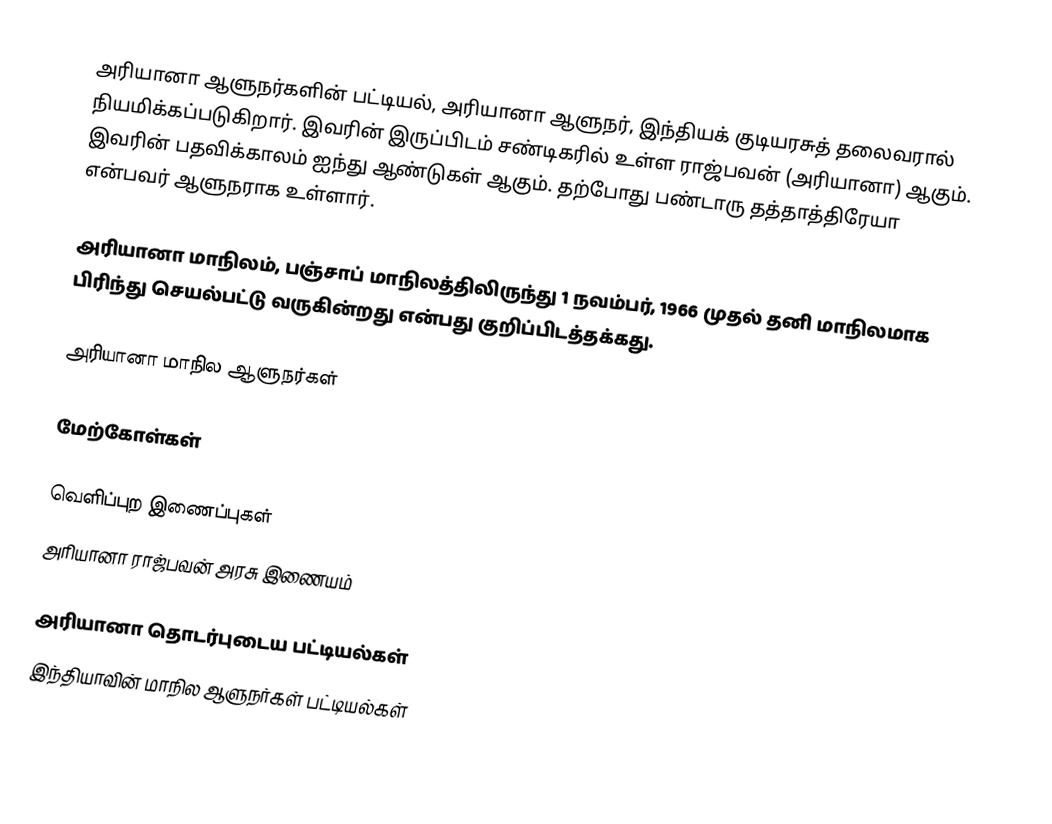
அரியானா ஆளுநர்களின் பட்டியல், அரியானா ஆளுநர், இந்தியக் குடியரசுத் தலைவரால் நியமிக்கப்படுகிறார். இவரின் இருப்பிடம் சண்டிகரில் உள்ள ராஜ்பவன் (அரியானா) ஆகும். இவரின் பதவிக்காலம் ஐந்து ஆண்டுகள் ஆகும். தற்போது பண்டாரு தத்தாத்திரேயா என்பவர் ஆளுநராக உள்ளார்.

அரியானா மாநிலம், பஞ்சாப் மாநிலத்திலிருந்து 1 நவம்பர், 1966 முதல் தனி மாநிலமாக பிரிந்து செயல்பட்டு வருகின்றது என்பது குறிப்பிடத்தக்கது.

அரியானா மாநில ஆளுநர்கள்

மேற்கோள்கள்

வெளிப்புற இணைப்புகள்
 அரியானா ராஜ்பவன் அரசு இணையம்

அரியானா தொடர்புடைய பட்டியல்கள்
இந்தியாவின் மாநில ஆளுநர்கள் பட்டியல்கள்